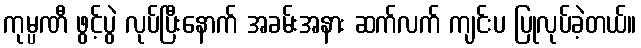
ကုမ္ပဏီ ဖွင့်ပွဲ လုပ်ပြီးနောက် အခမ်းအနား ဆက်လက် ကျင်းပ ပြုလုပ်ခဲ့တယ်။